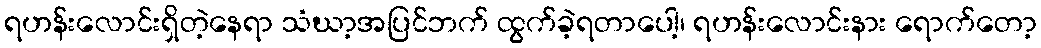
ရဟန်းလောင်းရှိတဲ့နေရာ သံဃာ့အပြင်ဘက် ထွက်ခဲ့ရတာပေါ့၊ ရဟန်းလောင်းနား ရောက်တော့